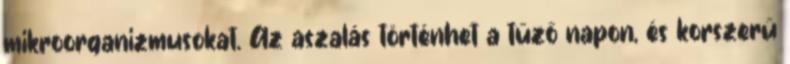
mikroorganizmusokat. Az aszalás történhet a tűző napon, és korszerű